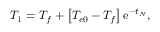
T _ { 1 } = T _ { f } + \left[ T _ { e 0 } - T _ { f } \right] \mathrm { e } ^ { - t _ { N } } ,